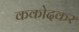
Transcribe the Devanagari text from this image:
ककोदकर